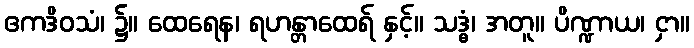
ဧကဒိဝသံ၊ ၌။ ထေရေန၊ ရဟန္တာထေရ် နှင့်။ သဒ္ဓံ၊ အတူ။ ပိဏ္ဍာယ၊ ငှာ။